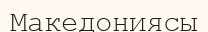
Македониясы